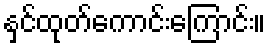
နှင်ထုတ်ကောင်းကြောင်း။